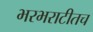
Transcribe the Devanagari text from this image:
भरभराटीतच